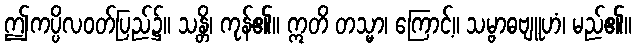
ဤကပ္ပိလဝတ်ပြည်၌။ သန္တိ၊ ကုန်၏။ ဣတိ တသ္မာ၊ ကြောင့်။ သမ္ဗာဓဗျူဟံ၊ မည်၏။